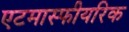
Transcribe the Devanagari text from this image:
एटमास्फीयरिक